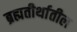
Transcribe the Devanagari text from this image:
ब्रह्मतीर्थातील